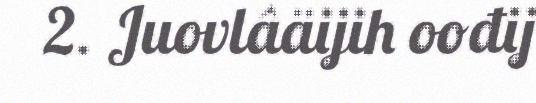
2. Juovlâäijih oođij